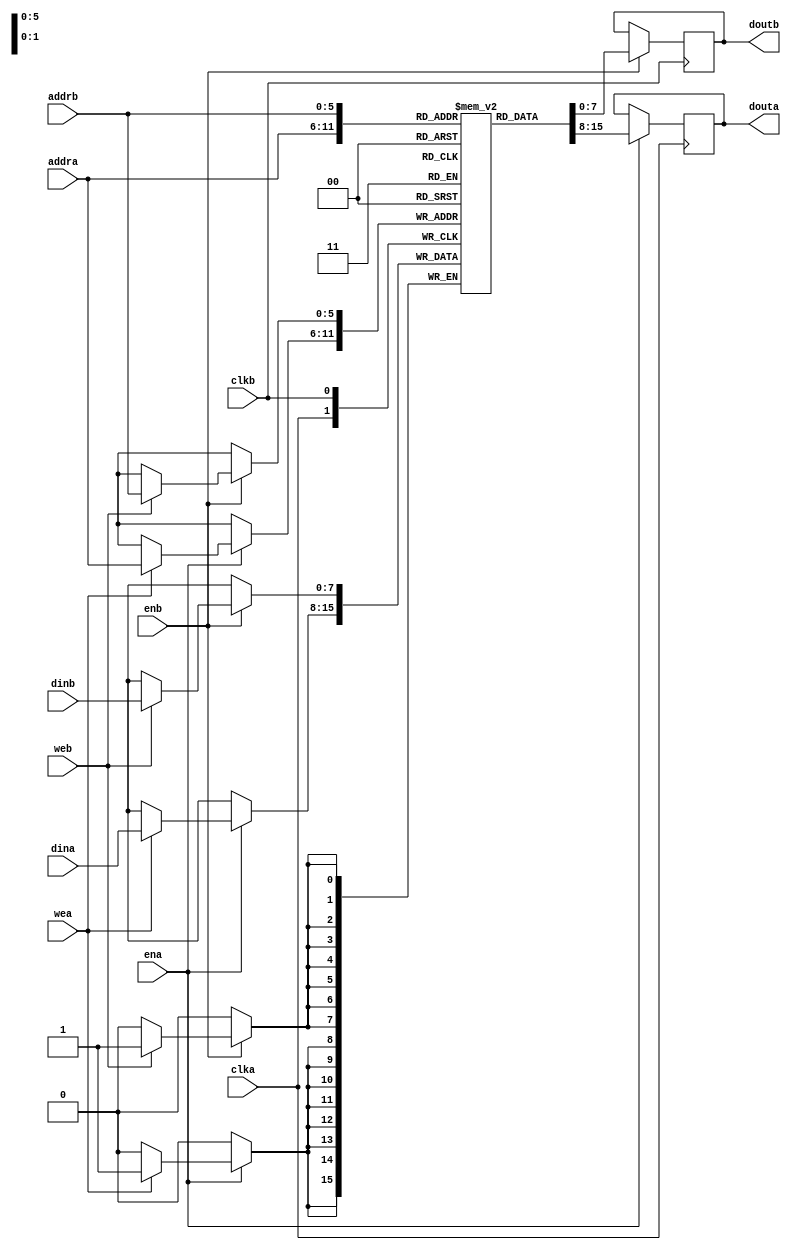
// Copyright 2018 Schuyler Eldridge
//
// Licensed under the Apache License, Version 2.0 (the "License");
// you may not use this file except in compliance with the License.
// You may obtain a copy of the License at
//
//     http://www.apache.org/licenses/LICENSE-2.0
//
// Unless required by applicable law or agreed to in writing, software
// distributed under the License is distributed on an "AS IS" BASIS,
// WITHOUT WARRANTIES OR CONDITIONS OF ANY KIND, either express or implied.
// See the License for the specific language governing permissions and
// limitations under the License.

// Infers parameterized block RAM from behavioral syntax. Based off an
// example by Eric Johnson and Prof. Derek Chiou at UT Austin (see
// http://users.ece.utexas.edu/~derek/code/BRAM.v). Tested by
// inspection of simulated RTL schematic as this successfully infers
// block RAM.

`timescale 1ns/1ps
module ram_infer
  #(
    parameter
    WIDTH = 8,
    DEPTH = 64,
    LG_DEPTH = 6,
    INIT_VAL = 8'd0
    )
  (
   input                  clka, clkb, wea, web, ena, enb,
   input [LG_DEPTH-1:0]   addra, addrb,
   input [WIDTH-1:0]      dina, dinb,
   output reg [WIDTH-1:0] douta, doutb
   );

  reg [WIDTH-1:0]         ram [DEPTH-1:0];
  reg [WIDTH-1:0]         doa, dob;

  genvar                  i;

  generate
    for (i=0; i<DEPTH; i=i+1) begin: gen_init
      initial begin
        ram[i]  = INIT_VAL;
      end
    end
  endgenerate

  always @(posedge clka) begin
    if (ena) begin
      if (wea)
        ram[addra] <= dina;
      douta <= ram[addra];
    end
  end

  always @(posedge clkb) begin
    if (enb) begin
      if (web)
        ram[addrb] <= dinb;
      doutb <= ram[addrb];
    end
  end

endmodule